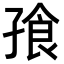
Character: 𪦿